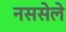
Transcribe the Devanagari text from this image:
नससेले